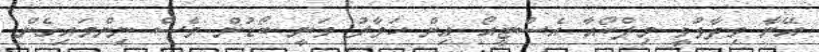
އޭނާ ވިދާޅުވީ މިފްކޯއާ އެސްޓީއޯ އިން ހަވާލު ވަނީ ބޯޑުން ވެސް ނިންމައިގެން